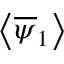
\left< \overline { { \psi } } _ { 1 } \right>